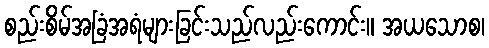
စည်းစိမ်အခြံအရံများခြင်းသည်လည်းကောင်း။ အယသောစ၊